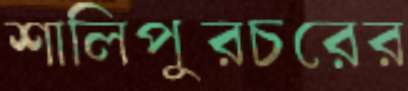
শালিপুরচরের